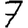
Digit: 7